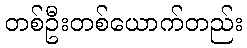
တစ်ဦးတစ်ယောက်တည်း